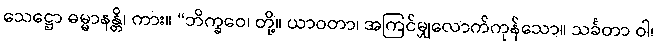
သေဋ္ဌော ဓမ္မာနန္တိ၊ ကား။ “ဘိက္ခဝေ၊ တို့။ ယာဝတာ၊ အကြင်မျှလောက်ကုန်သော။ သင်္ခတာ ဝါ၊